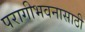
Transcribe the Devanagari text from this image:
परागीभवनासाठी